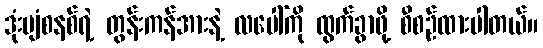
ဒုံးပျံစနစ်ရဲ့ တွန်းကန်အားနဲ့ လပေါ်ကို ထွက်ခွာဖို့ စီစဉ်ထားပါတယ်။